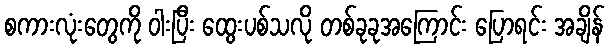
စကားလုံးတွေကို ဝါးပြီး ထွေးပစ်သလို တစ်ခုခုအကြောင်း ပြောရင်း အချိန်